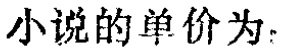
小说的单价为：